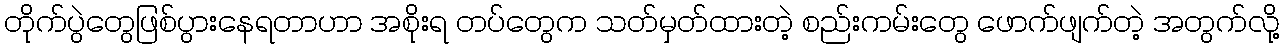
တိုက်ပွဲတွေဖြစ်ပွားနေရတာဟာ အစိုးရ တပ်တွေက သတ်မှတ်ထားတဲ့ စည်းကမ်းတွေ ဖောက်ဖျက်တဲ့ အတွက်လို့